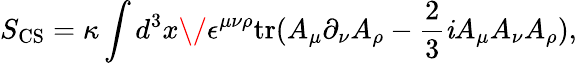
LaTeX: S_{\mathrm{CS}}=\kappa\int d^{3}x\/ \epsilon^{\mu\nu\rho}\mathrm{tr}(A_{\mu}\partial_{\nu}A_{\rho}-\frac{2}{3}{\mathit i}A_{\mu}A_{\nu}A_{\rho}),